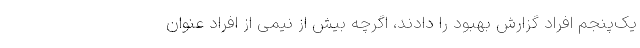
یک‌پنجم افراد گزارش بهبود را دادند، اگرچه بیش از نیمی از افراد عنوان